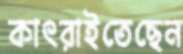
কাৎরাইতেছেন